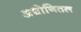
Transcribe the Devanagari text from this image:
अधोनितल